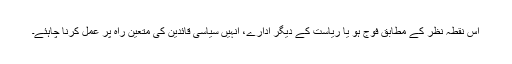
اس نقطہ نظر کے مطابق فوج ہو یا ریاست کے دیگر ادارے، انہیں سیاسی قائدین کی متعین راہ پر عمل کرنا چاہئے۔